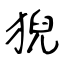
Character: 猊